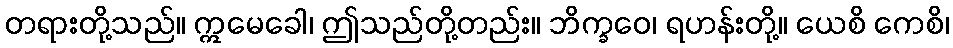
တရားတို့သည်။ ဣမေခေါ၊ ဤသည်တို့တည်း။ ဘိက္ခဝေ၊ ရဟန်းတို့။ ယေစိ ကေစိ၊